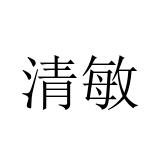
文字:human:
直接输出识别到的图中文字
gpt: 清敏